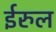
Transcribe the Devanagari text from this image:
ईरुल